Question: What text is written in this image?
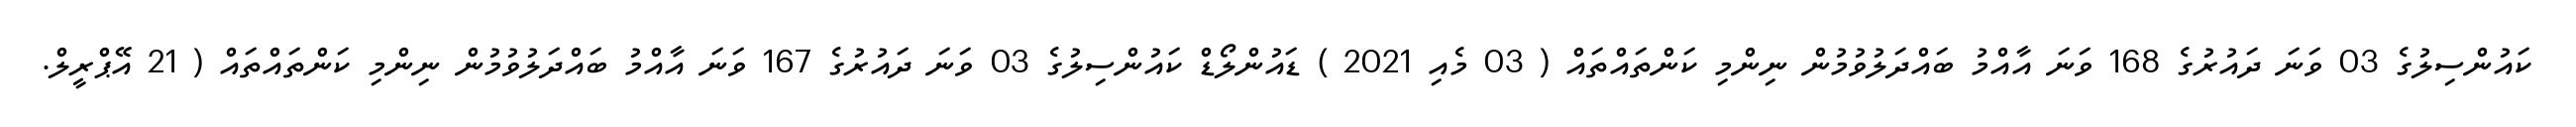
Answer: ކައުންސިލުގެ 03 ވަނަ ދައުރުގެ 168 ވަނަ އާއްމު ބައްދަލުވުމުން ނިންމި ކަންތައްތައް ( 03 މެއި 2021 ) ޑައުންލޯޑް ކައުންސިލުގެ 03 ވަނަ ދައުރުގެ 167 ވަނަ އާއްމު ބައްދަލުވުމުން ނިންމި ކަންތައްތައް ( 21 އޭޕްރީލް.